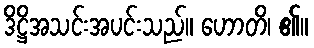
ဒိဋ္ဌိအသင်းအပင်းသည်။ ဟောတိ၊ ၏။